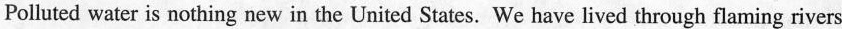
Polluted water is nothing ncw in the United States. We have lived through flaming rivers